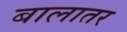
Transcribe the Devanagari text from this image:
बालातर